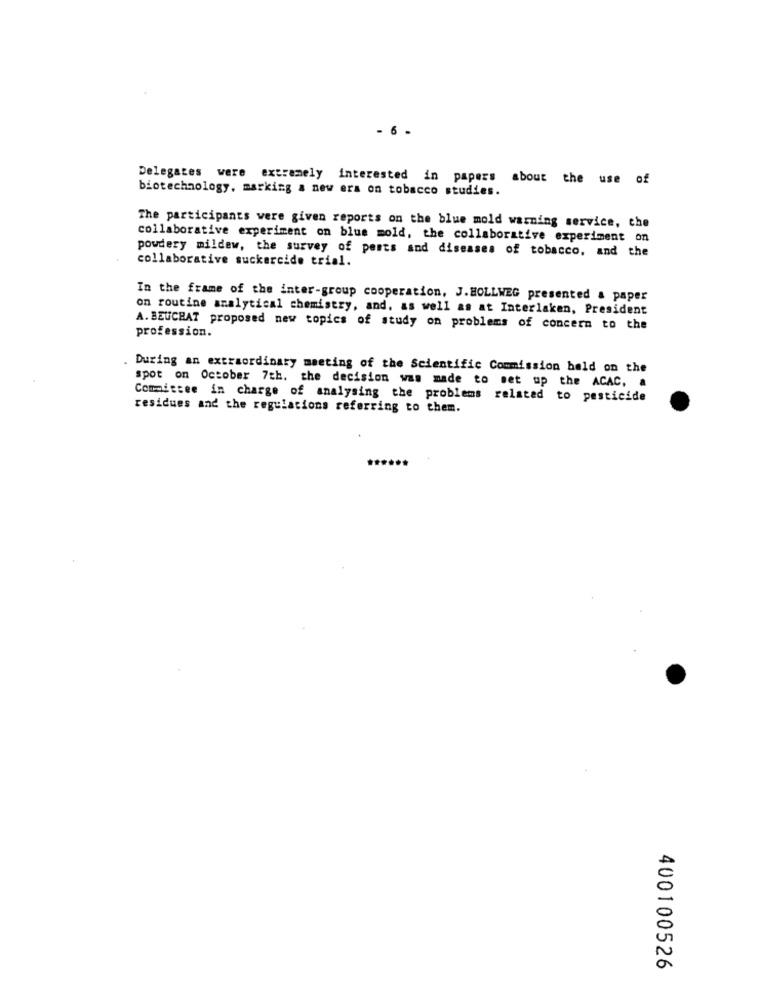
6
Delegates were extremely interested in papers about the use of
biotechnology, marking a new ers on tobacco studies.
The participants were given reports on the blue mold warning service, che
collaborative experiment on blue mold, the collaborative experiment on
powdery mildew, the survey of parts and diseases of tobacco, and the
collaborative suckercide trial.
In the frame of the inter-group cooperation, J.HOLLWEG presented & paper
on routine analytical chemistry, and, as well as at Interlaken, President
A. BEUCHAT proposed new topics of study on problems of concern to the
profession.
During an extraordinary meeting of the Scientific Commission held on the
spot on October 7th. the decision was made to set up the ACAC, .
Committee in charge of analysing the problems related to pesticide
residues and the regulations referring to them.
400100526